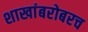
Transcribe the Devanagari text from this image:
शाखांबरोबरच